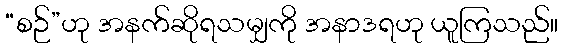
“စဉ်”ဟု အနက်ဆိုရသမျှကို အနာဒရဟု ယူကြသည်။